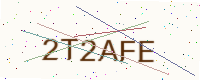
Text: 2T2AFE